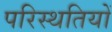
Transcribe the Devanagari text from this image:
परिस्‍थतियों